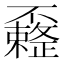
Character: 𰀟